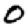
Digit: 0